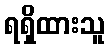
ရရှိထားသူ